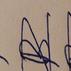
Signature authenticity: forged